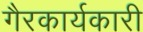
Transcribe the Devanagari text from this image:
गैरकार्यकारी